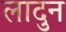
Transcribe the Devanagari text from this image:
लादुन